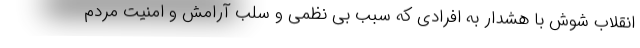
انقلاب شوش با هشدار به افرادی که سبب بی نظمی و سلب آرامش و امنیت مردم